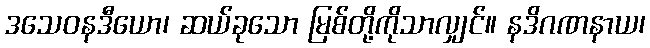
ဒသေဝနဒီယော၊ ဆယ်ခုသော မြစ်တို့ကိုသာလျှင်။ နဒိဂဏနာယ၊